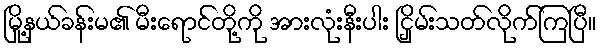
မြို့နယ်ခန်းမ၏ မီးရောင်တို့ကို အားလုံးနီးပါး ငြှိမ်းသတ်လိုက်ကြပြီ။